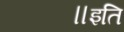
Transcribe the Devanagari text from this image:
॥इति